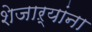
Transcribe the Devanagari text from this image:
शेजाऱ्यांना